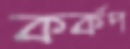
কর্কপ